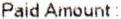
PAID AMOUNT :